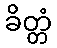
ခိတ္တံ